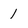
Character: 1